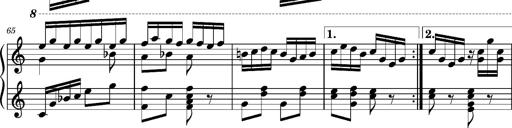
Title: Ungarischer Romanzero
Composer: Franz Liszt